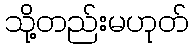
သို့တည်းမဟုတ်